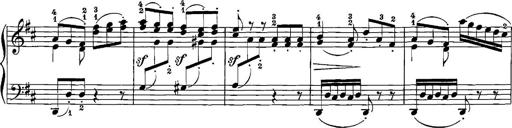
Title: 12 Sonatinas
Composer: Ignaz Pleyel